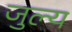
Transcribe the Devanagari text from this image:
जुल्य